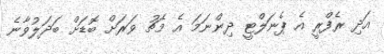
އަދި ރެފްރީ އެ ޕެނަލްޓީ ދިންނަމަ އެ މެޗު ވަރަށް ބޮޑަށް ބަދަލުވާނެ